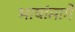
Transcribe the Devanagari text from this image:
भाषांमागे